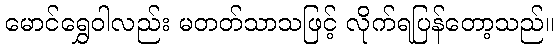
မောင်ရွှေဝါလည်း မတတ်သာသဖြင့် လိုက်ရပြန်တော့သည်။